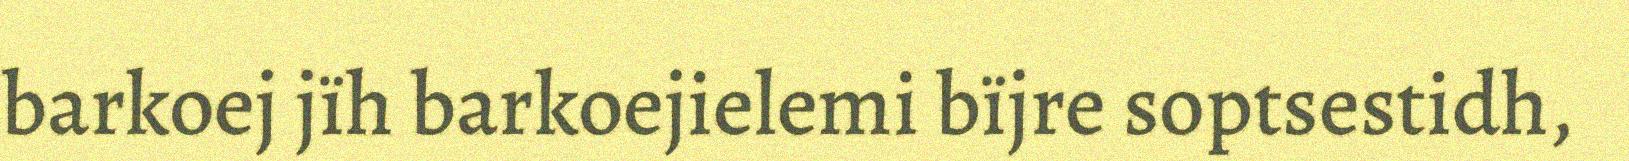
barkoej jïh barkoejielemi bïjre soptsestidh,